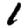
Digit: 1